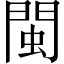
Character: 閩